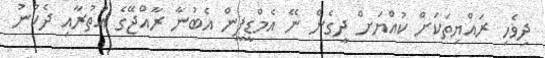
ދިވެހި ރައްޔިތަކަށް ކުއްޔަށް ދީގެން ނޭ އެމްޑީޕީން އެބުނާ ރާއްޖޭގެ އުތުރާއި ދެކުނު